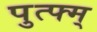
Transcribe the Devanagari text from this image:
पुत्फ्म्